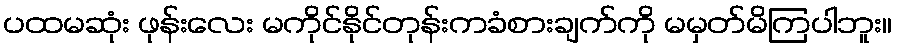
ပထမဆုံး ဖုန်းလေး မကိုင်နိုင်တုန်းကခံစားချက်ကို မမှတ်မိကြပါဘူး။